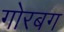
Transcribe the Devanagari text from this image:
गोरबग